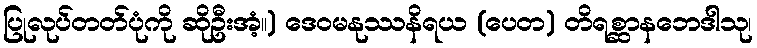
ပြုလုပ်တတ်ပုံကို ဆိုဦးအံ့။) ဒေဝမနုဿနိရယ (ပေတ) တိရစ္ဆာနဘေဒါသု၊